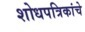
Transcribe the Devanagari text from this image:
शोधपत्रिकांचे